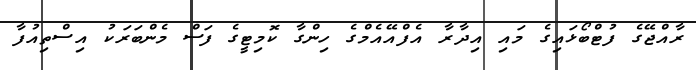
ރާއްޖޭގެ ފުޓްބޯޅައިގެ މައި އިދާރާ އެފްއޭއެމްގެ ހިންގާ ކޮމިޓީގެ ފަސް މެންބަރަކު އިސްތިއުފާ